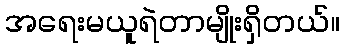
အရေးမယူရဲတာမျိုးရှိတယ်။